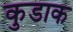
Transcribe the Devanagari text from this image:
कुडाक